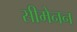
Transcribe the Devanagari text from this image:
सीमेनन